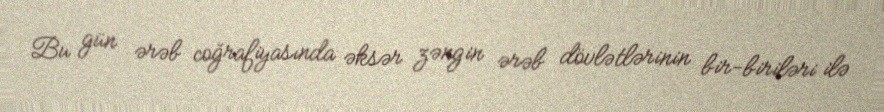
Bu gün ərəb coğrafiyasında əksər zəngin ərəb dövlətlərinin bir-biriləri ilə